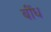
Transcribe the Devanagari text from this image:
बींध